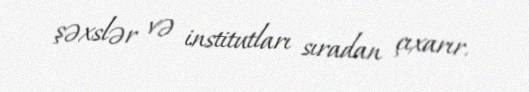
şəxslər və institutları sıradan çıxarır.